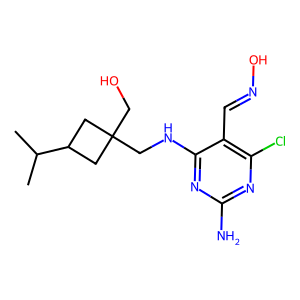
SMILES: CC(C)C1CC(CO)(CNc2nc(N)nc(Cl)c2C=NO)C1
Inhibits HIV replication: No